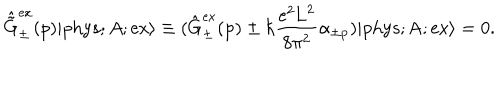
LaTeX: \hat { \tilde { \mathrm { G } } } _ { \pm } ^ { \mathrm { e x } } ( p ) | \mathrm { p h y s } ; A ; \mathrm { e x \rangle \equiv ( \hat { \mathrm { G } } _ { \pm } ^ { \mathrm { e x } } ( p ) \pm \hbar \frac { e ^ { 2 } \mathrm { L } ^ { 2 } } { 8 { \ p i } ^ { 2 } } \ a l p h a _ { \pm p } ) | \mathrm { p h y s } ; A ; \mathrm { e x \rangle = 0 . } }